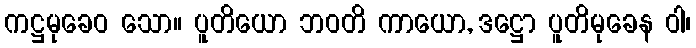
ကဋ္ဌမုခေဝ သော။ ပူတိယော ဘဝတိ ကာယော, ဒဋ္ဌော ပူတိမုခေန ဝါ၊